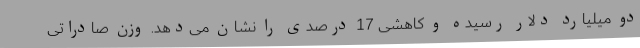
دو میلیارد دلار رسیده و کاهشی 17 درصدی را نشان می‌دهد. وزن صادراتی